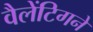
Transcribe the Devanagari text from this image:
वैलेंटिगने